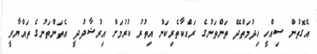
އެގޮތުން ސިއްހީ ހިދުމަތްދޭ ތަންތަނުގެ ރައްކާތެރިކަން އިތުރު ކުރުމަށް އިރުޝާދުދީ އެތަންތަނުގެ ތައްޔާރީ